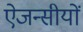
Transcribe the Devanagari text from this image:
ऐजन्सीयों